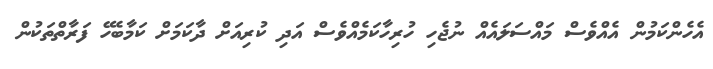
އެހެންކަމުން އެއްވެސް މައްސަލައެއް ނުޖެހި ހުރިހާކަމެއްވެސް އަދި ކުރިއަށް ދާކަމަށް ކަމާބެހޭ ފަރާތްތަކުން